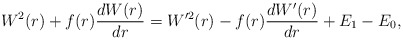
\begin{align*} W^2(r) + f(r) \frac{dW(r)}{dr} = W^{\prime2}(r) - f(r) \frac{dW'(r)}{dr} + E_1 - E_0, \end{align*}